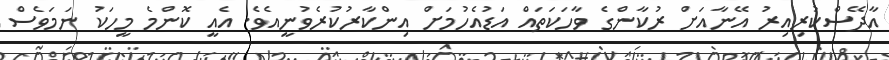
އާދޭސްކުރިއިރު އޭނާއަށް ރުކާންގެ ވާހަކަތައް އަޑުއެހުމަށް އިންކާރުކުރެވުނީއެވެ. އެއީ ކޮންމެ މީހަކު ނަމަވެސް